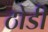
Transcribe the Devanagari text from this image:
ठोडी